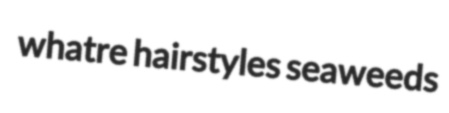
whatre hairstyles seaweeds